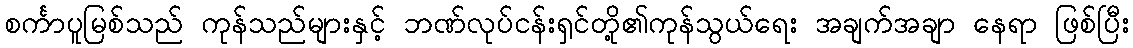
စင်္ကာပူမြစ်သည် ကုန်သည်များနှင့် ဘဏ်လုပ်ငန်းရှင်တို့၏ကုန်သွယ်ရေး အချက်အချာ နေရာ ဖြစ်ပြီး